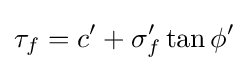
\tau _{f}=c'+\sigma _{f}'\tan \phi '